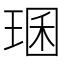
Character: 㻒